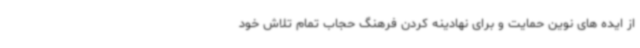
از ایده های نوین حمایت و برای نهادینه کردن فرهنگ حجاب تمام تلاش خود